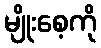
မျိုးစေ့ကို